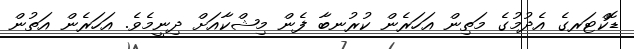
ޑޮކްޓަރގެ އެދުމުގެ މަތިން އަހަރެން ކުރުނބާ ފެން މިޝްކާއަށް ދިނީމެވެ. އަހަރެން އަތުން